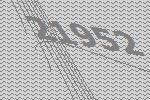
21952